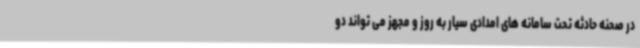
در صحنه حادثه تحت سامانه های امدادی سیار به روز و مجهز می تواند دو